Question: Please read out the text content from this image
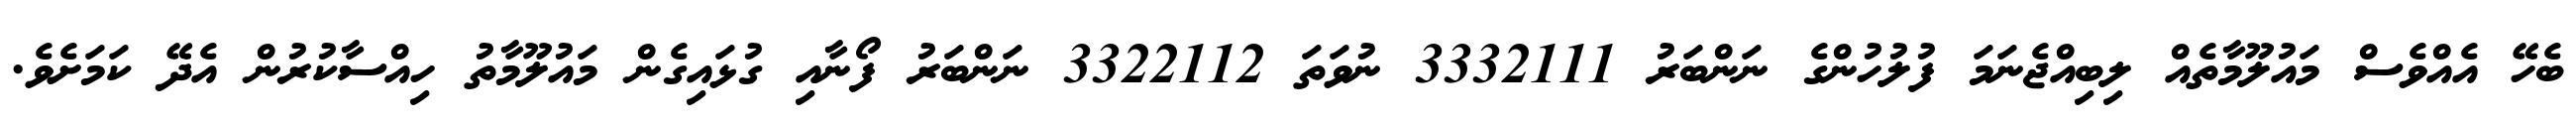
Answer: ބެހޭ އެއްވެސް މައުލޫމާތެއް ލިބިއްޖެނަމަ ފުލުހުންގެ ނަންބަރު 3332111 ނުވަތަ 3322112 ނަންބަރު ފޯނާއި ގުޅައިގެން މައުލޫމާތު ހިއްސާކުރުން އެދޭ ކަމަށެވެ.